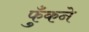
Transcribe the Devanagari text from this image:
फुँकने